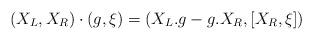
LaTeX: \begin{align*}(X_L,X_R)\cdot (g,\xi)=(X_L .g -g.X_R,[X_R,\xi])\end{align*}